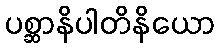
ပစ္ဆာနိပါတိနိယော